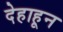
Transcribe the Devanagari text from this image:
देहाहून